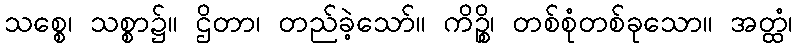
သစ္စေ၊ သစ္စာ၌။ ဌိတာ၊ တည်ခဲ့သော်။ ကိဉ္စိ၊ တစ်စုံတစ်ခုသော။ အတ္ထံ၊